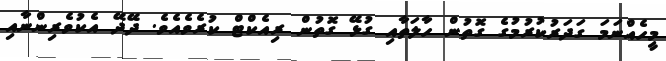
މީހެއްނަމަ ގަދަރުކުރުމުގެ ގޮތުން ހާލަތާއި ގުޅޭ ގޮތުން ރިއެކްޓް ކުރެވެއެވެ. ދޭދޭ އެކުވެރިންނާއި